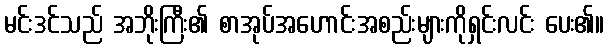
မင်းဒင်သည် အဘိုးကြီး၏ စာအုပ်အဟောင်းအစည်းများကိုရှင်းလင်း ပေး၏။